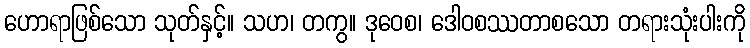
ဟောရာဖြစ်သော သုတ်နှင့်။ သဟ၊ တကွ။ ဒုဝေစ၊ ဒေါဝစဿတာစသော တရားသုံးပါးကို